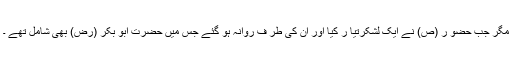
مگر جب حضو ر (ص) نے ایک لشکرتیا ر کیا اور ان کی طر ف روانہ ہو گئے جس میں حضرت ابو بکر (رض) بھی شامل تھے ۔